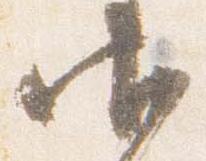
御